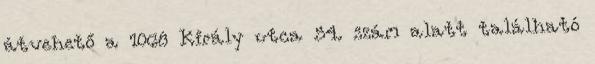
átvehető a 1068 Király utca 54. szám alatt található